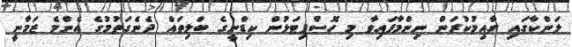
ލަންކާގައި ގާއިމުކުރަން ނިންމާފައިވާ މި ހޮސްޕިޓަލުން ކިޑްނީގެ ބަލިތައް ދެނެގަތުމުގެ އެންމެ ޒަމާނީ